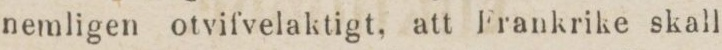
nemligen otvifvelaktigt, att Frankrike skall